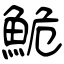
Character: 鮠